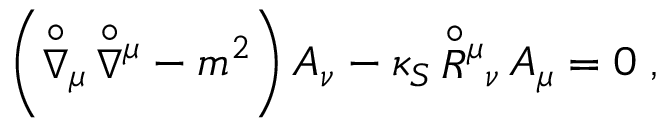
\left( { \stackrel { \circ } { \nabla } } { } _ { \mu } \, { \stackrel { \circ } { \nabla } } { } ^ { \mu } - m ^ { 2 } \right) A _ { \nu } - \kappa _ { S } \, { \stackrel { \circ } { R } } { } ^ { \mu } { } _ { \nu } \, A _ { \mu } = 0 \; ,